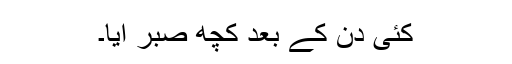
کئی دن کے بعد کچھ صبر آیا۔